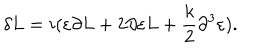
\delta L = i ( \varepsilon \partial L + 2 \partial \varepsilon L + { \frac { k } { 2 } } \partial ^ { 3 } \varepsilon ) .